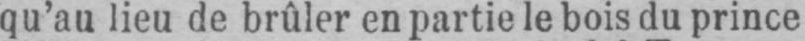
qu’au lieu de brûler en partie le bois du prince